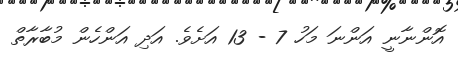
އޮންނާނީ އަންނަ މަހު 7 - 13 އަށެވެ. އަދި އަންހެން މުބާރާތް